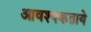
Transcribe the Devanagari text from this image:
आवश्यकताये